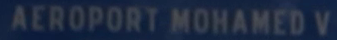
AEROPORT-MOHAMED-V